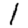
Digit: 1